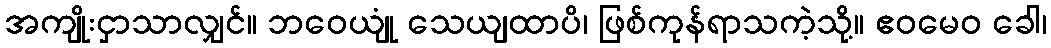
အကျိုးငှာသာလျှင်။ ဘဝေယျုံ သေယျထာပိ၊ ဖြစ်ကုန်ရာသကဲ့သို့။ ဧဝမေဝ ခေါ၊